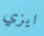
ايزي